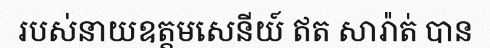
របស់នាយឧត្តមសេនីយ៍ ឥត សារ៉ាត់ បាន